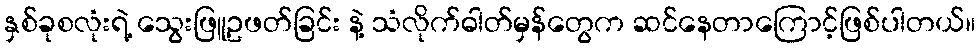
နှစ်ခုစလုံးရဲ့ သွေးဖြူဥဖတ်ခြင်း နဲ့ သံလိုက်ဓါတ်မှန်တွေက ဆင်နေတာကြောင့်ဖြစ်ပါတယ်။